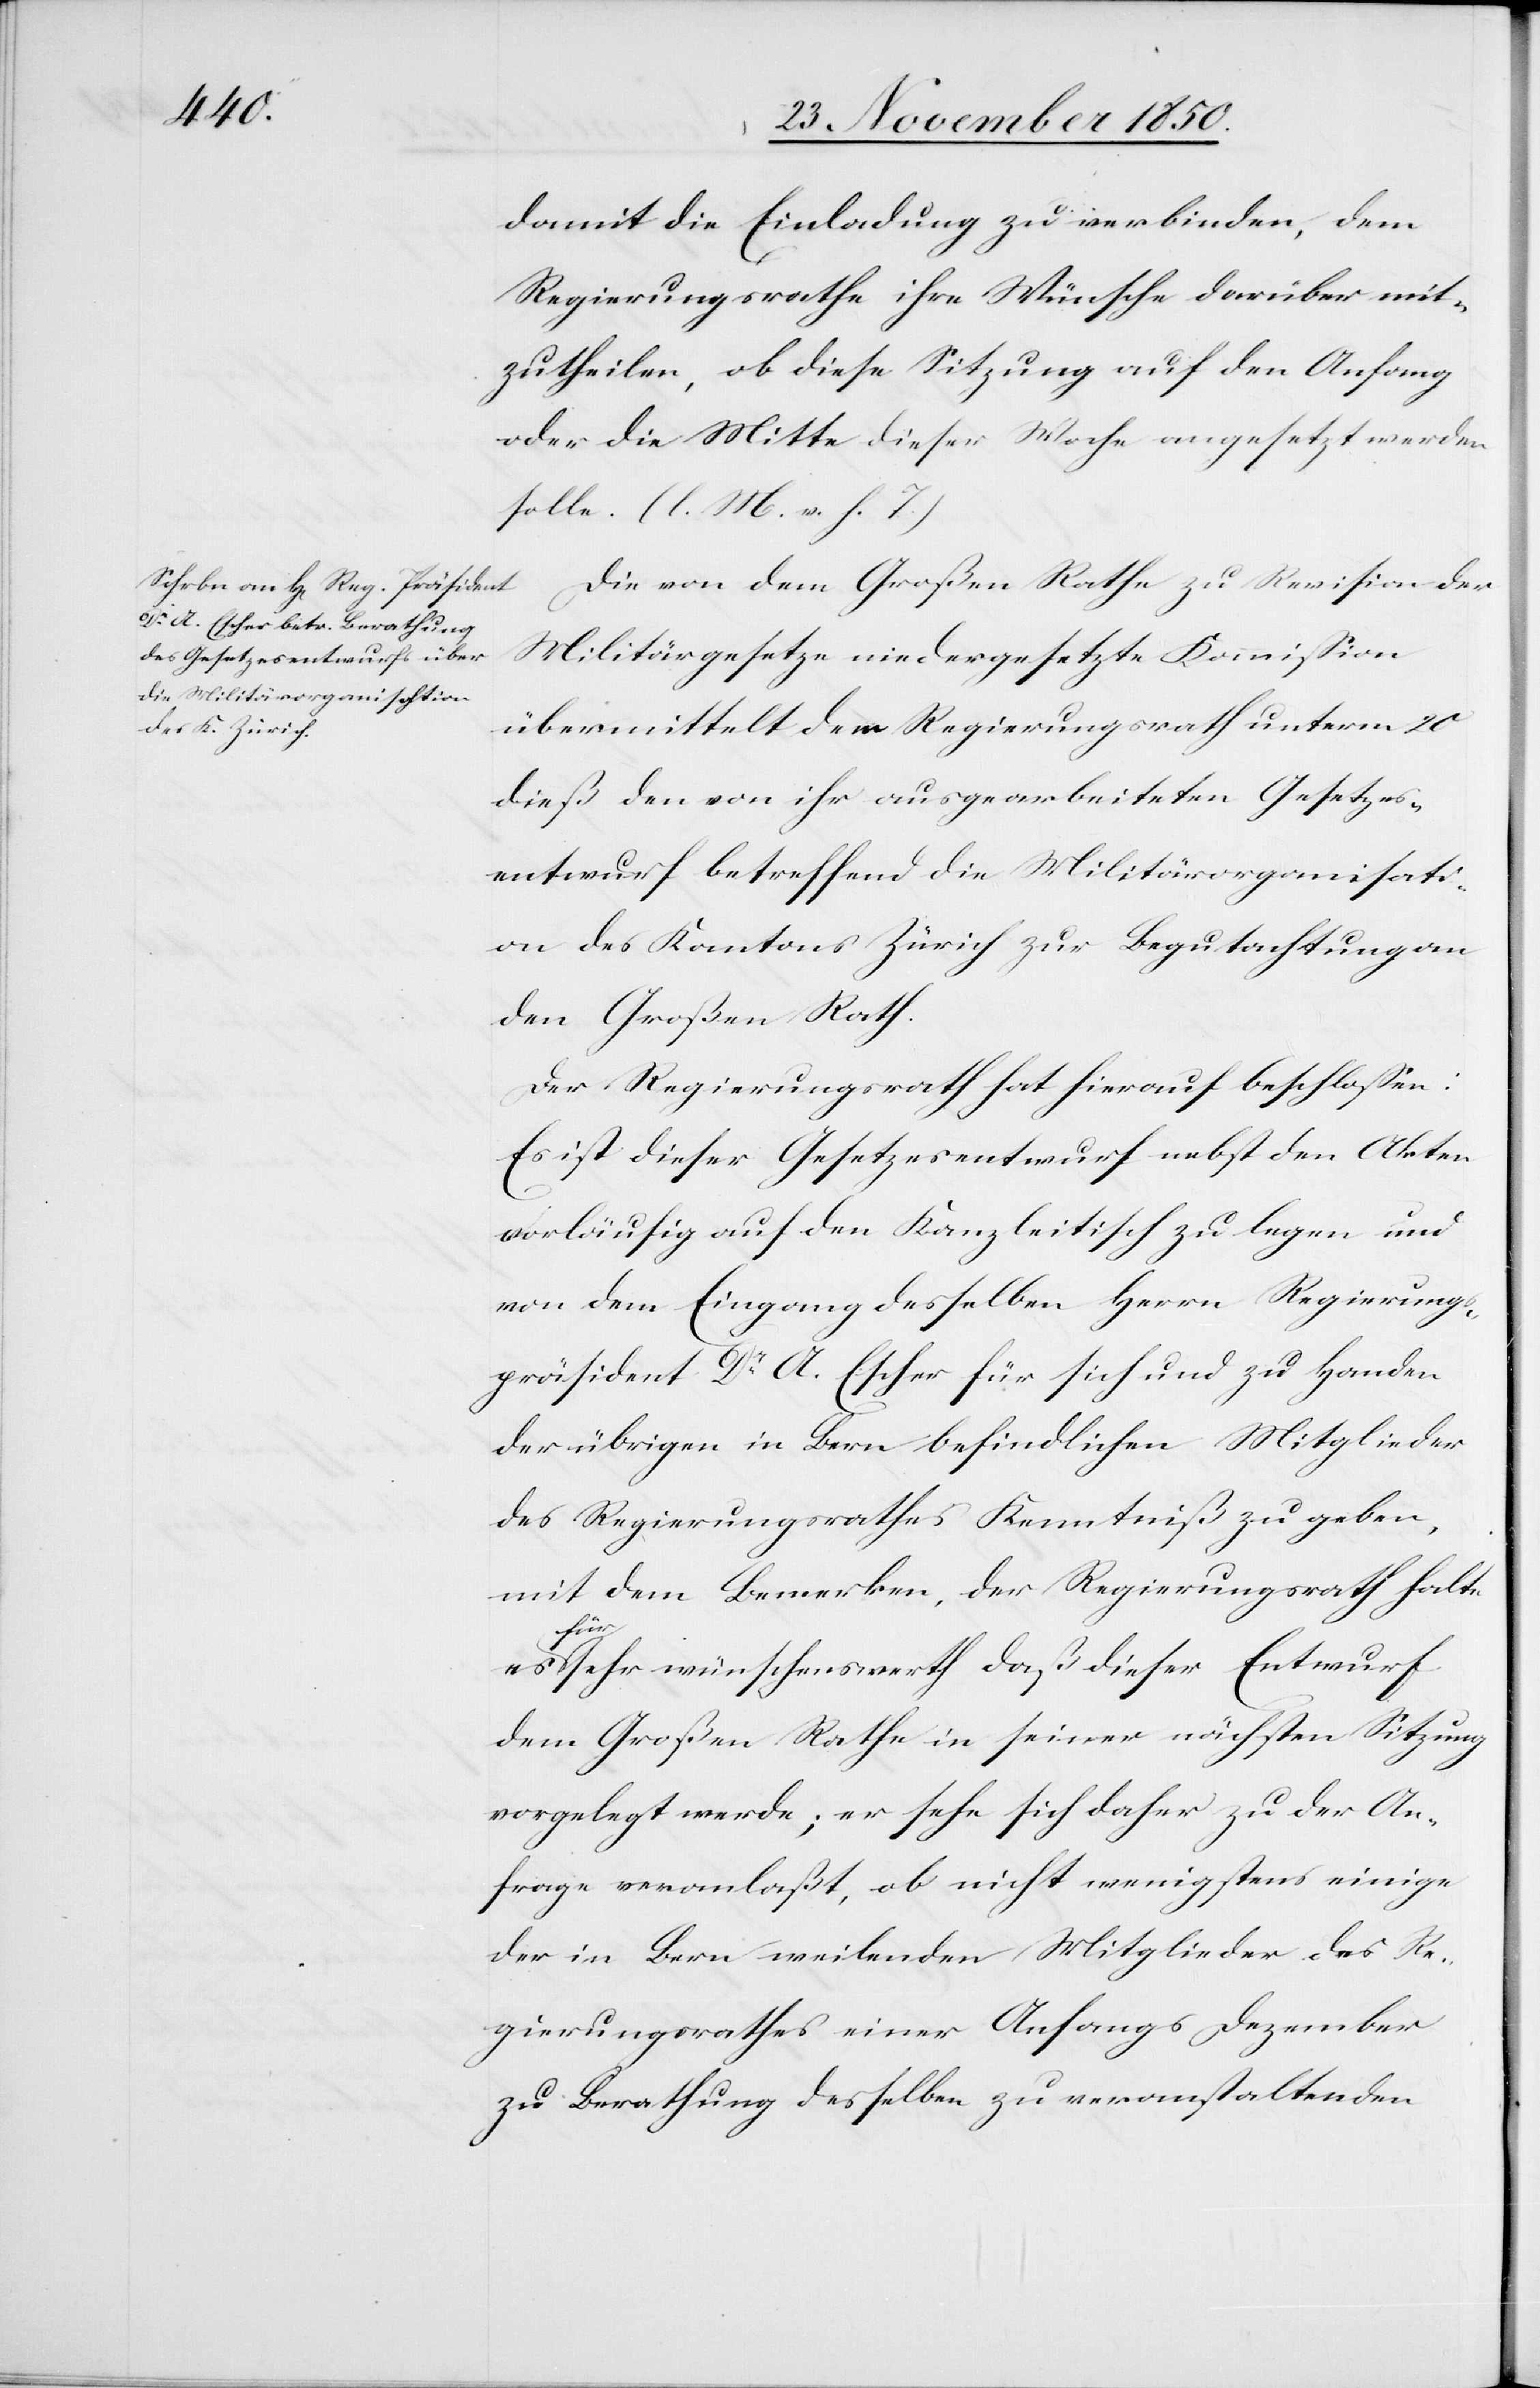
damit die Einladung zu verbinden, dem
Regierungsrathe ihre Wünsche darüber mit¬
zutheilen, ob diese Sitzung auf den Anfang
oder die Mitte dieser Woche angesetzt werden
solle. (l. M. v. h. T.)
Die von dem Großen Rathe zu Revision der
Militärgesetze niedergesetzte Kommission
übermittelt dem Regierungsrath unterm 20
dieß den von ihr ausgearbeiteten Gesetzes¬
entwurf betreffend die Militärorganisati¬
on des Kantons Zürich zur Begutachtung an
den Großen Rath.
Der Regierungsrath hat hierauf beschlossen:
Es ist dieser Gesetzesentwurf nebst den Akten
vorläufig auf den Kanzleitisch zu legen und
von dem Eingang desselben Herrn Regierungs¬
präsident Dr A. Escher für sich und zu Handen
der übrigen in Bern befindlichen Mitglieder
des Regierungsrathes Kenntniß zu geben,
mit dem Bemerken, der Regierungsrath halte
es für
sehr wünschenswerth daß dieser Entwurf
dem Großen Rathe in seiner nächsten Sitzung
vorgelegt werde; er sehe sich daher zu der An¬
frage veranlaßt, ob nicht wenigstens einige
der in Bern weilenden Mitglieder des Re¬
gierungsrathes einer Anfangs Dezember
zu Berathung desselben zu veranstaltenden